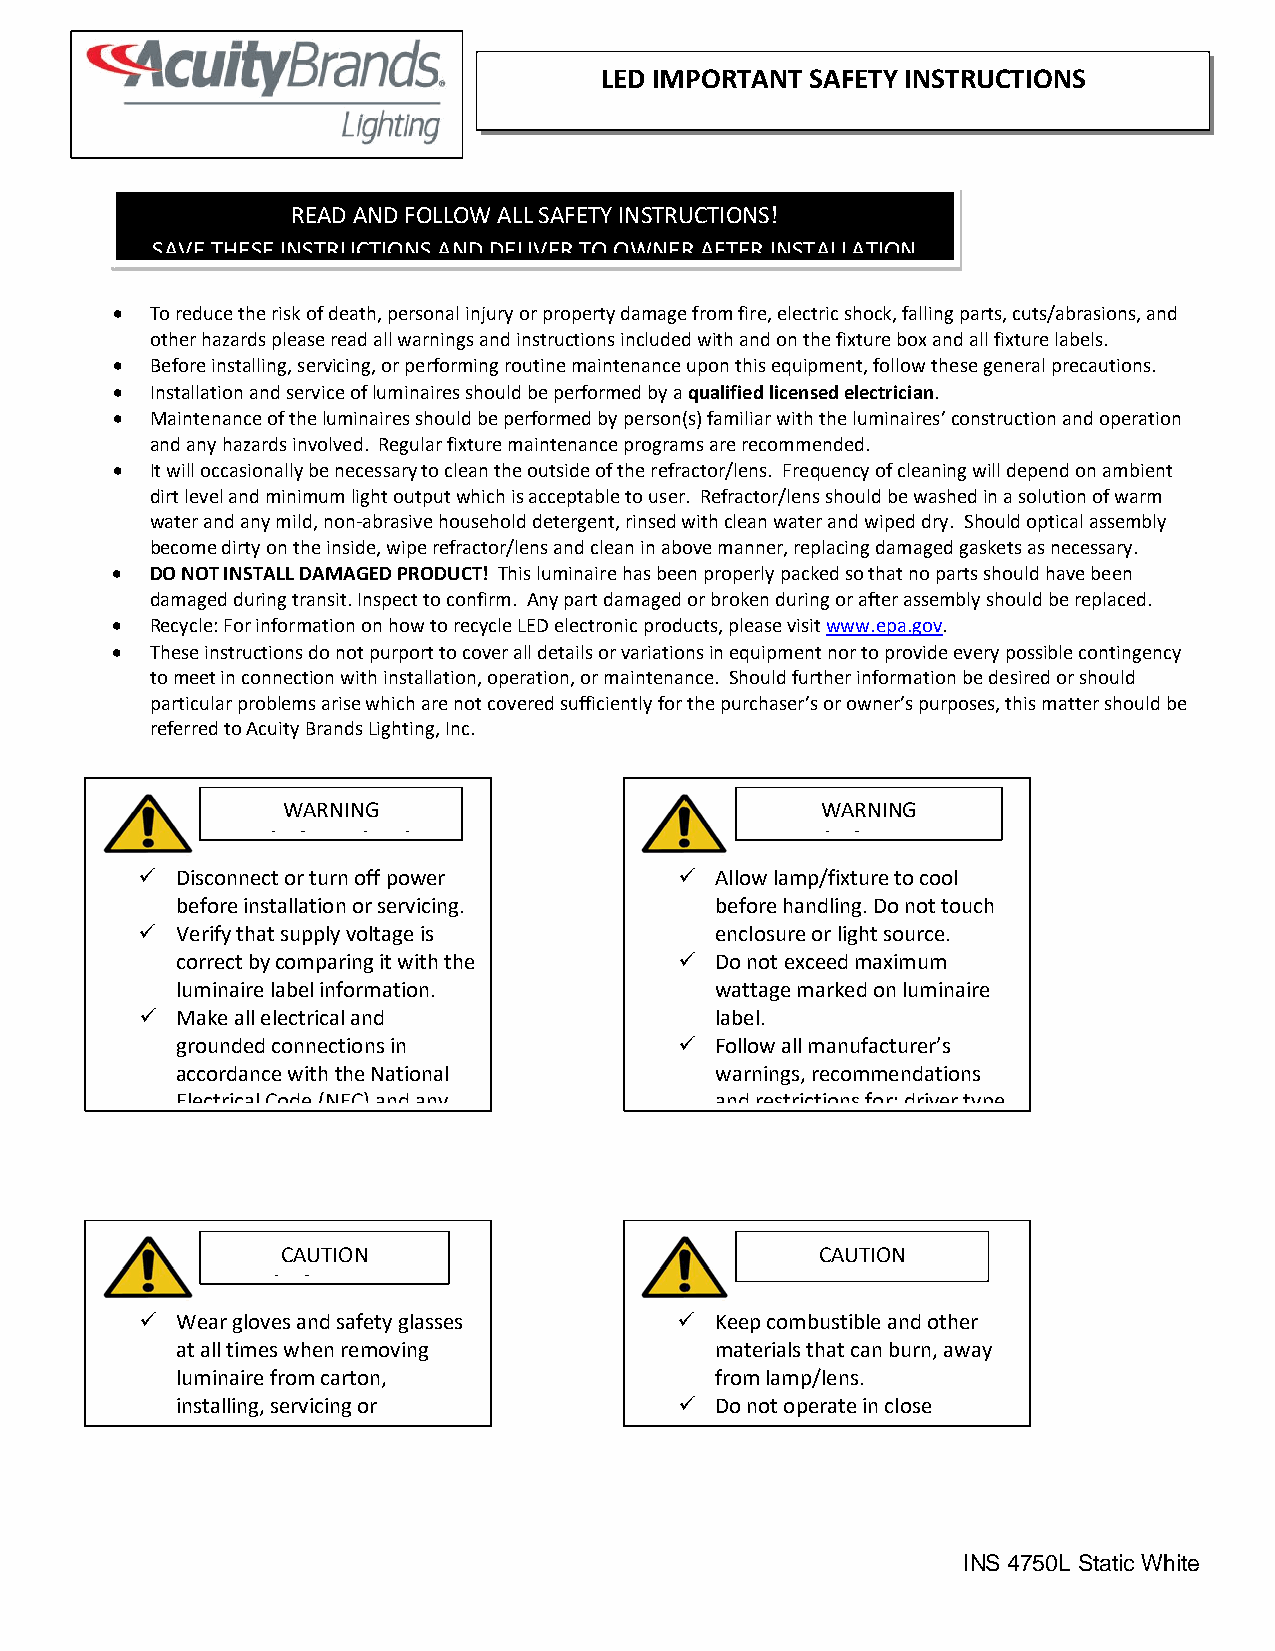
LED IMPORTANT SAFETY INSTRUCTIONS
 READ AND FOLLOW ALL SAFETY INSTRUCTIONS!
 SAVE THESE INSTRUCTIONS AND DELIVER TO OWNER AFTER INSTALLATION
 •  To reduce the risk of death, personal injury or property damage from fire, electric shock, falling parts, cuts/abrasions, and
 other hazards please read all warnings and instructions included with and on the fixture box and all fixture labels.
 •  Before installing, servicing, or performing routine maintenance upon this equipment, follow these general precautions.
 •  Installation and service of luminaires should be performed by a qualified licensed electrician.
 •  Maintenance of the luminaires should be performed by person(s) familiar with the luminaires’ construction and operation
 and any hazards involved. Regular fixture maintenance programs are recommended.
 •  It will occasionally be necessary to clean the outside of the refractor/lens. Frequency of cleaning will depend on ambient
 dirt level and minimum light output which is acceptable to user. Refractor/lens should be washed in a solution of warm
 water and any mild, non-abrasive household detergent, rinsed with clean water and wiped dry. Should optical assembly
 become dirty on the inside, wipe refractor/lens and clean in above manner, replacing damaged gaskets as necessary.
 •  DO NOT INSTALL DAMAGED PRODUCT! This luminaire has been properly packed so that no parts should have been
 damaged during transit. Inspect to confirm. Any part damaged or broken during or after assembly should be replaced.
 •  Recycle: For information on how to recycle LED electronic products, please visit www.epa.gov.
 •  These instructions do not purport to cover all details or variations in equipment nor to provide every possible contingency
 to meet in connection with installation, operation, or maintenance. Should further information be desired or should
 particular problems arise which are not covered sufficiently for the purchaser’s or owner’s purposes, this matter should be
 referred to Acuity Brands Lighting, Inc.
 WARNING                            WARNING
 RISK OF ELECTRIC                    RISK OF BURN
   Disconnect or turn off power      Allow lamp/fixture to cool
 before installation or servicing.  before handling. Do not touch
   Verif y that supply voltage is     enclosure or light source.
 correct by comparing it with the  Do not exceed maximum
 luminaire label information.       wattage marked on luminaire
   Make all electrical and            label.
 grounded connections in           Follow all manufacturer’s
 accordance with the National       warnings, recommendations
 Electrical Code (NEC) and any      and restrictions for: driver type
 CAUTION                            CAUTION
 RISK OF INJURY
   Wear gloves and safety glasses    Keep combustible and other
 at all times when removing         materials that can burn, away
 luminaire from carton,             from lamp/lens.
 installing, servicing or          Do not operate in close
 INS 4750L Static White